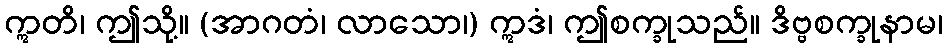
ဣတိ၊ ဤသို့။ (အာဂတံ၊ လာသော၊) ဣဒံ၊ ဤစက္ခုသည်။ ဒိဗ္ဗစက္ခုနာမ၊